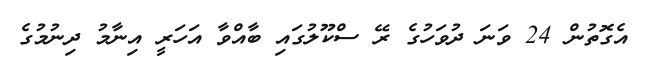
އެގޮތުން 24 ވަނަ ދުވަހުގެ ރޭ ސްކޫލުގައި ބާއްވާ އަހަރީ އިނާމު ދިނުމުގެ